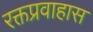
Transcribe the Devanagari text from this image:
रक्तप्रवाहास